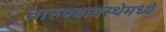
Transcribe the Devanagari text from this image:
तारुण्यावस्थेमध्ये